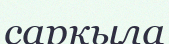
сарқыла